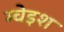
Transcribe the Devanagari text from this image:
म्चेइश